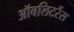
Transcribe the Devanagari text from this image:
ऑबलिटरैंस